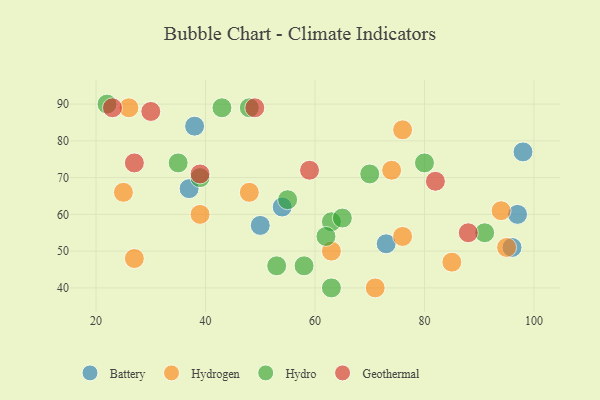
{"axis": {"x": "GDP", "y": "Life Expectancy"}, "legend": ["Battery", "Geothermal", "Hydro", "Hydrogen"], "data": [{"x": "37", "y": 67, "type": "Battery"}, {"x": "73", "y": 52, "type": "Battery"}, {"x": "96", "y": 51, "type": "Battery"}, {"x": "38", "y": 84, "type": "Battery"}, {"x": "97", "y": 60, "type": "Battery"}, {"x": "50", "y": 57, "type": "Battery"}, {"x": "54", "y": 62, "type": "Battery"}, {"x": "98", "y": 77, "type": "Battery"}, {"x": "63", "y": 50, "type": "Hydrogen"}, {"x": "39", "y": 60, "type": "Hydrogen"}, {"x": "76", "y": 83, "type": "Hydrogen"}, {"x": "85", "y": 47, "type": "Hydrogen"}, {"x": "26", "y": 89, "type": "Hydrogen"}, {"x": "71", "y": 40, "type": "Hydrogen"}, {"x": "76", "y": 54, "type": "Hydrogen"}, {"x": "27", "y": 48, "type": "Hydrogen"}, {"x": "94", "y": 61, "type": "Hydrogen"}, {"x": "95", "y": 51, "type": "Hydrogen"}, {"x": "25", "y": 66, "type": "Hydrogen"}, {"x": "74", "y": 72, "type": "Hydrogen"}, {"x": "48", "y": 66, "type": "Hydrogen"}, {"x": "43", "y": 89, "type": "Hydro"}, {"x": "70", "y": 71, "type": "Hydro"}, {"x": "91", "y": 55, "type": "Hydro"}, {"x": "63", "y": 58, "type": "Hydro"}, {"x": "22", "y": 90, "type": "Hydro"}, {"x": "62", "y": 54, "type": "Hydro"}, {"x": "39", "y": 70, "type": "Hydro"}, {"x": "65", "y": 59, "type": "Hydro"}, {"x": "48", "y": 89, "type": "Hydro"}, {"x": "35", "y": 74, "type": "Hydro"}, {"x": "53", "y": 46, "type": "Hydro"}, {"x": "58", "y": 46, "type": "Hydro"}, {"x": "80", "y": 74, "type": "Hydro"}, {"x": "63", "y": 40, "type": "Hydro"}, {"x": "55", "y": 64, "type": "Hydro"}, {"x": "49", "y": 89, "type": "Geothermal"}, {"x": "88", "y": 55, "type": "Geothermal"}, {"x": "27", "y": 74, "type": "Geothermal"}, {"x": "30", "y": 88, "type": "Geothermal"}, {"x": "59", "y": 72, "type": "Geothermal"}, {"x": "39", "y": 71, "type": "Geothermal"}, {"x": "82", "y": 69, "type": "Geothermal"}, {"x": "23", "y": 89, "type": "Geothermal"}]}